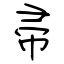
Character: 帚